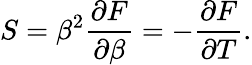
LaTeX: S=\beta^{2}{\frac{\partial F}{\partial\beta}}=-{\frac{\partial F}{\partial T}}.